Indian journal of veterinary science and animal husbandry - Volume 1,
Year: 1931
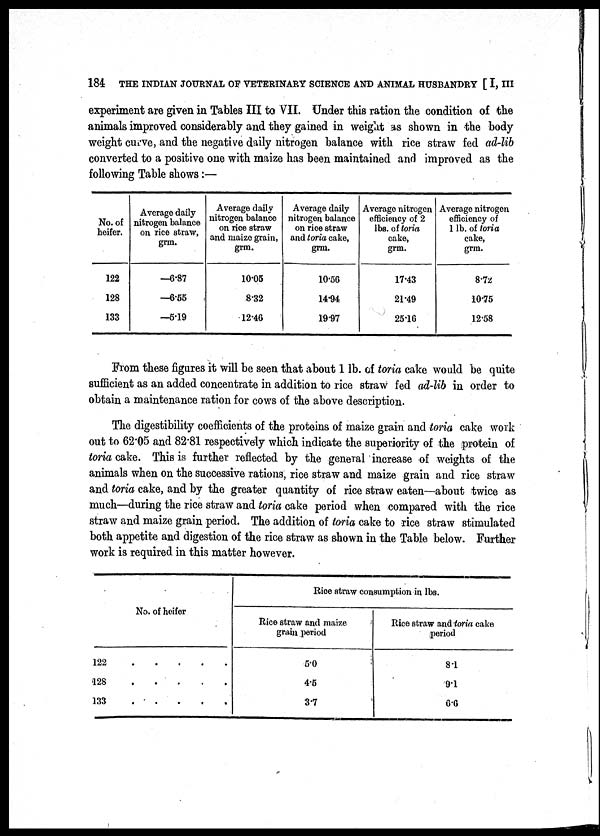
184 THE INDIAN JOURNAL OF VETERINARY SCIENCE AND ANIMAL HUSBANDRY [ I, III
experiment are given in Tables III to VII. Under this ration the condition of the
animals improved considerably and they gained in weight as shown in the body
weight curve, and the negative daily nitrogen balance with rice straw fed ad-lib
converted to a positive one with maize has been maintained and improved as the
following Table shows:—
No. of
heifer.
122
128
133
Average daily
nitrogen balance
on rice straw,
grm.
—6.87
—6.55
—5.19
Average daily
nitrogen balance
on rice straw
and maize grain,
grm.
10.05
8.32
12.46
Average daily
nitrogen balance
on rice straw
and toria cake,
grm.
10.56
14.94
19.97
Average nitrogen
efficiency of 2
lbs. of toria
cake,
grm.
17.43
21.49
25.16
Average nitrogen
efficiency of
1 lb. of toria
cake,
grm.
8.72
10.75
12.58
From these figures it will be seen that about 1 lb. of toria cake would be quite
sufficient as an added concentrate in addition to rice straw fed ad-lib in order to
obtain a maintenance ration for cows of the above description.
The digestibility coefficients of the proteins of maize grain and toria cake work
out to 62.05 and 82.81 respectively which indicate the superiority of the protein of
toria cake. This is further reflected by the general increase of weights of the
animals when on the successive rations, rice straw and maize grain and rice straw
and toria cake, and by the greater quantity of rice straw eaten—about twice as
much—during the rice straw and toria cake period when compared with the rice
straw and maize grain period. The addition of toria cake to rice straw stimulated
both appetite and digestion of the rice straw as shown in the Table below. Further
work is required in this matter however.
122
128
133
No. of heifer
Rice straw consumption in lbs.
Rice straw and maize
grain period
5.0
4.5
3.7
Rice straw and toria cake
period
8.1
9.1
6.6